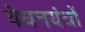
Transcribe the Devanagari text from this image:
वेधनयंत्रों